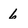
Character: 6